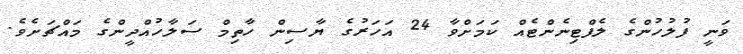
ވަނީ ފުލުހުންގެ ލެފްޓިނެންޓެއް ކަމަށްވާ 24 އަހަރުގެ ޔާސިން ހާތިމް ސަލާހުއްދީންގެ މައްޗަށެވެ.